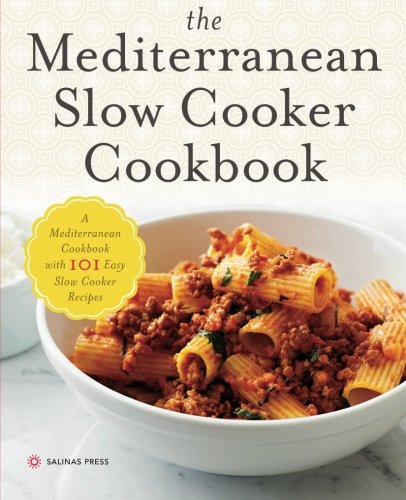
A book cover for Mediterranean Slow Cooker Cookbook: A Mediterranean Cookbook with 101 Easy Slow Cooker Recipes; Salinas Press; Cookbooks, Food & Wine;